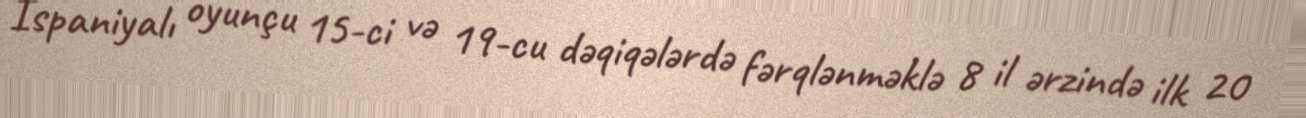
İspaniyalı oyunçu 15-ci və 19-cu dəqiqələrdə fərqlənməklə 8 il ərzində ilk 20